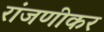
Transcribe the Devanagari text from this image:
रांजणीकर